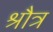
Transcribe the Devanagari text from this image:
श्रौत्र